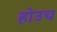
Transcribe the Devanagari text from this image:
होउच